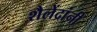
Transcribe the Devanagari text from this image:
शैलेंद्रांनी